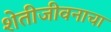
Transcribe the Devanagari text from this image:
शेतीजीवनाचा